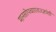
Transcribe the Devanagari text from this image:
मानसोपचारतज्ज्ञांशी